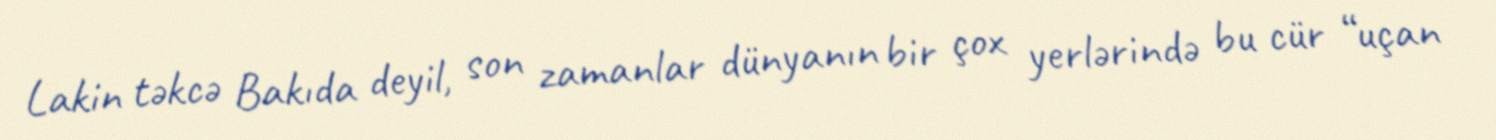
Lakin təkcə Bakıda deyil, son zamanlar dünyanın bir çox yerlərində bu cür “uçan